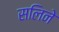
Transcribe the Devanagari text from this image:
सलिने